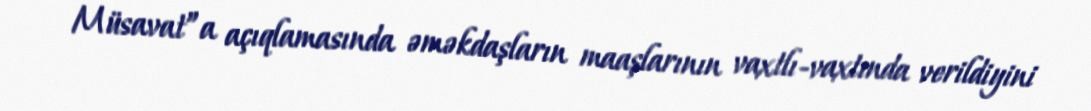
Müsavat”a açıqlamasında əməkdaşların maaşlarının vaxtlı-vaxtında verildiyini